Vaccine operations Central Provinces & Berar 1922-1929 - 1922-1929
Year: 1922
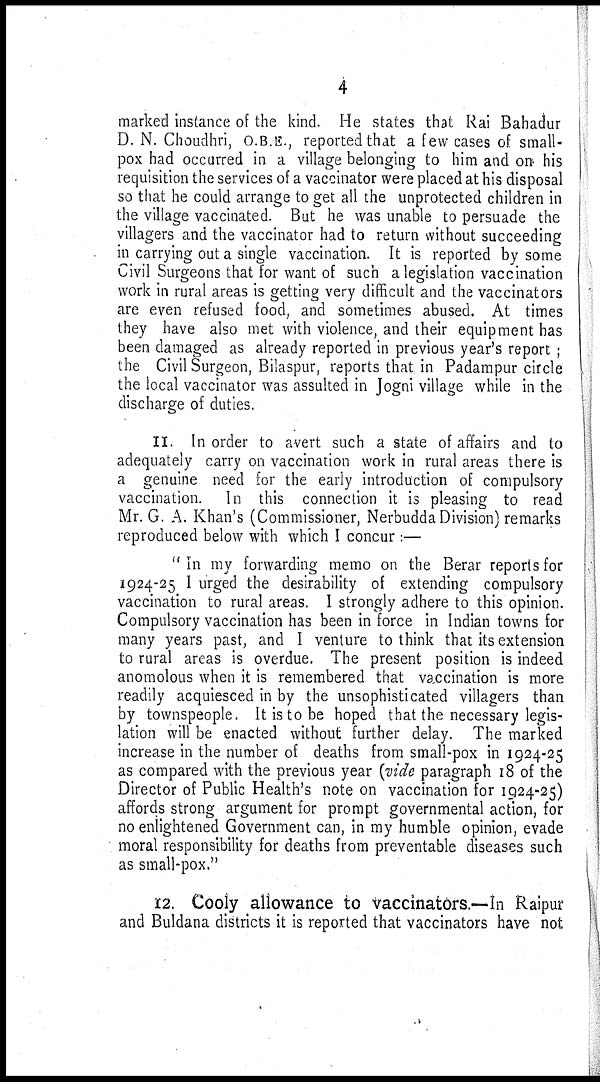
4
marked instance of the kind. He states that Rai Bahadur
D. N. Choudhri, O.B.E., reported that a few cases of small-
pox had occurred in a village belonging to him and on his
requisition the services of a vaccinator were placed at his disposal
so that he could arrange to get all the unprotected children in
the village vaccinated. But he was unable to persuade the
villagers and the vaccinator had to return without succeeding
in carrying out a single vaccination. It is reported by some
Civil Surgeons that for want of such a legislation vaccination
work in rural areas is getting very difficult and the vaccinators
are even refused food, and sometimes abused. At times
they have also met with violence, and their equipment has
been damaged as already reported in previous year's report ;
the Civil Surgeon, Bilaspur, reports that in Padampur circle
the local vaccinator was assulted in Jogni village while in the
discharge of duties.
11. In order to avert such a state of affairs and to
adequately carry on vaccination work in rural areas there is
a genuine need for the early introduction of compulsory
vaccination. In this connection it is pleasing to read
Mr. G. A. Khan's (Commissioner, Nerbudda Division) remarks
reproduced below with which I concur :—
"In my forwarding memo on the Berar reports for
1924-25 I urged the desirability of extending compulsory
vaccination to rural areas. I strongly adhere to this opinion.
Compulsory vaccination has been in force in Indian towns for
many years past, and I venture to think that its extension
to rural areas is overdue. The present position is indeed
anomolous when it is remembered that vaccination is more
readily acquiesced in by the unsophisticated villagers than
by townspeople. It is to be hoped that the necessary legis-
lation will be enacted without further delay. The marked
increase in the number of deaths from small-pox in 1924-25
as compared with the previous year (vide paragraph 18 of the
Director of Public Health's note on vaccination for 1924-25)
affords strong argument for prompt governmental action, for
no enlightened Government can, in my humble opinion, evade
moral responsibility for deaths from preventable diseases such
as small-pox."
12. Cooly allowance to vaccinators.—In Raipur
and Buldana districts it is reported that vaccinators have not